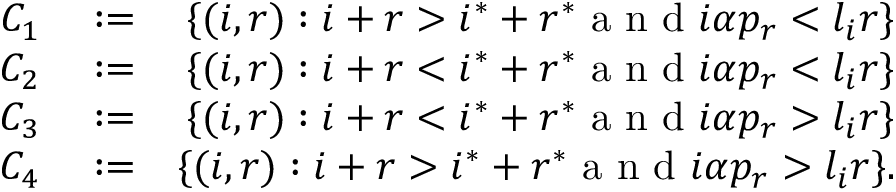
\begin{array} { r l r } { C _ { 1 } } & { { } : = } & { \{ ( i , r ) : i + r > i ^ { * } + r ^ { * } \mathrm { ~ a ~ n ~ d ~ } i \alpha p _ { r } < l _ { i } r \} } \\ { C _ { 2 } } & { { } : = } & { \{ ( i , r ) : i + r < i ^ { * } + r ^ { * } \mathrm { ~ a ~ n ~ d ~ } i \alpha p _ { r } < l _ { i } r \} } \\ { C _ { 3 } } & { { } : = } & { \{ ( i , r ) : i + r < i ^ { * } + r ^ { * } \mathrm { ~ a ~ n ~ d ~ } i \alpha p _ { r } > l _ { i } r \} } \\ { C _ { 4 } } & { { } : = } & { \{ ( i , r ) : i + r > i ^ { * } + r ^ { * } \mathrm { ~ a ~ n ~ d ~ } i \alpha p _ { r } > l _ { i } r \} . } \end{array}